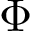
\Phi